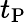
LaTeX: t_{\mathrm{P}}